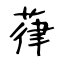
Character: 葎